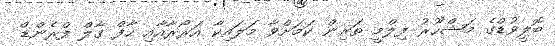
ބޮލީވުޑްގެ މަޝްހޫރު ފިލްމީ ތަރިން ކަމަށްވާ މަލައިކާ އަރޯރާއާއި ހާފް ގާލް ފްރެންޑް